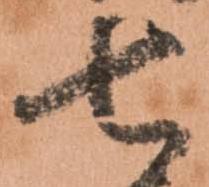
七